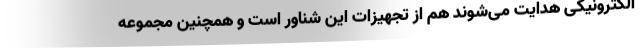
الکترونیکی هدایت می‌شوند هم از تجهیزات این شناور است و همچنین مجموعه